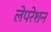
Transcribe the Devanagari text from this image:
लेपरेशन